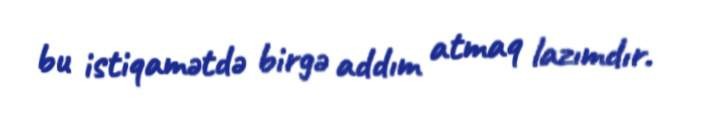
bu istiqamətdə birgə addım atmaq lazımdır.